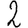
Digit: 2